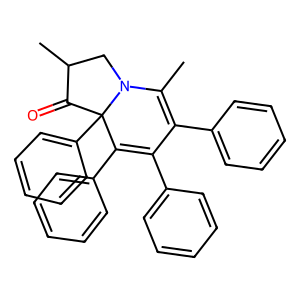
SMILES: CC1=C(c2ccccc2)C(c2ccccc2)=C(c2ccccc2)C2(c3ccccc3)C(=O)C(C)CN12
Inhibits HIV replication: No